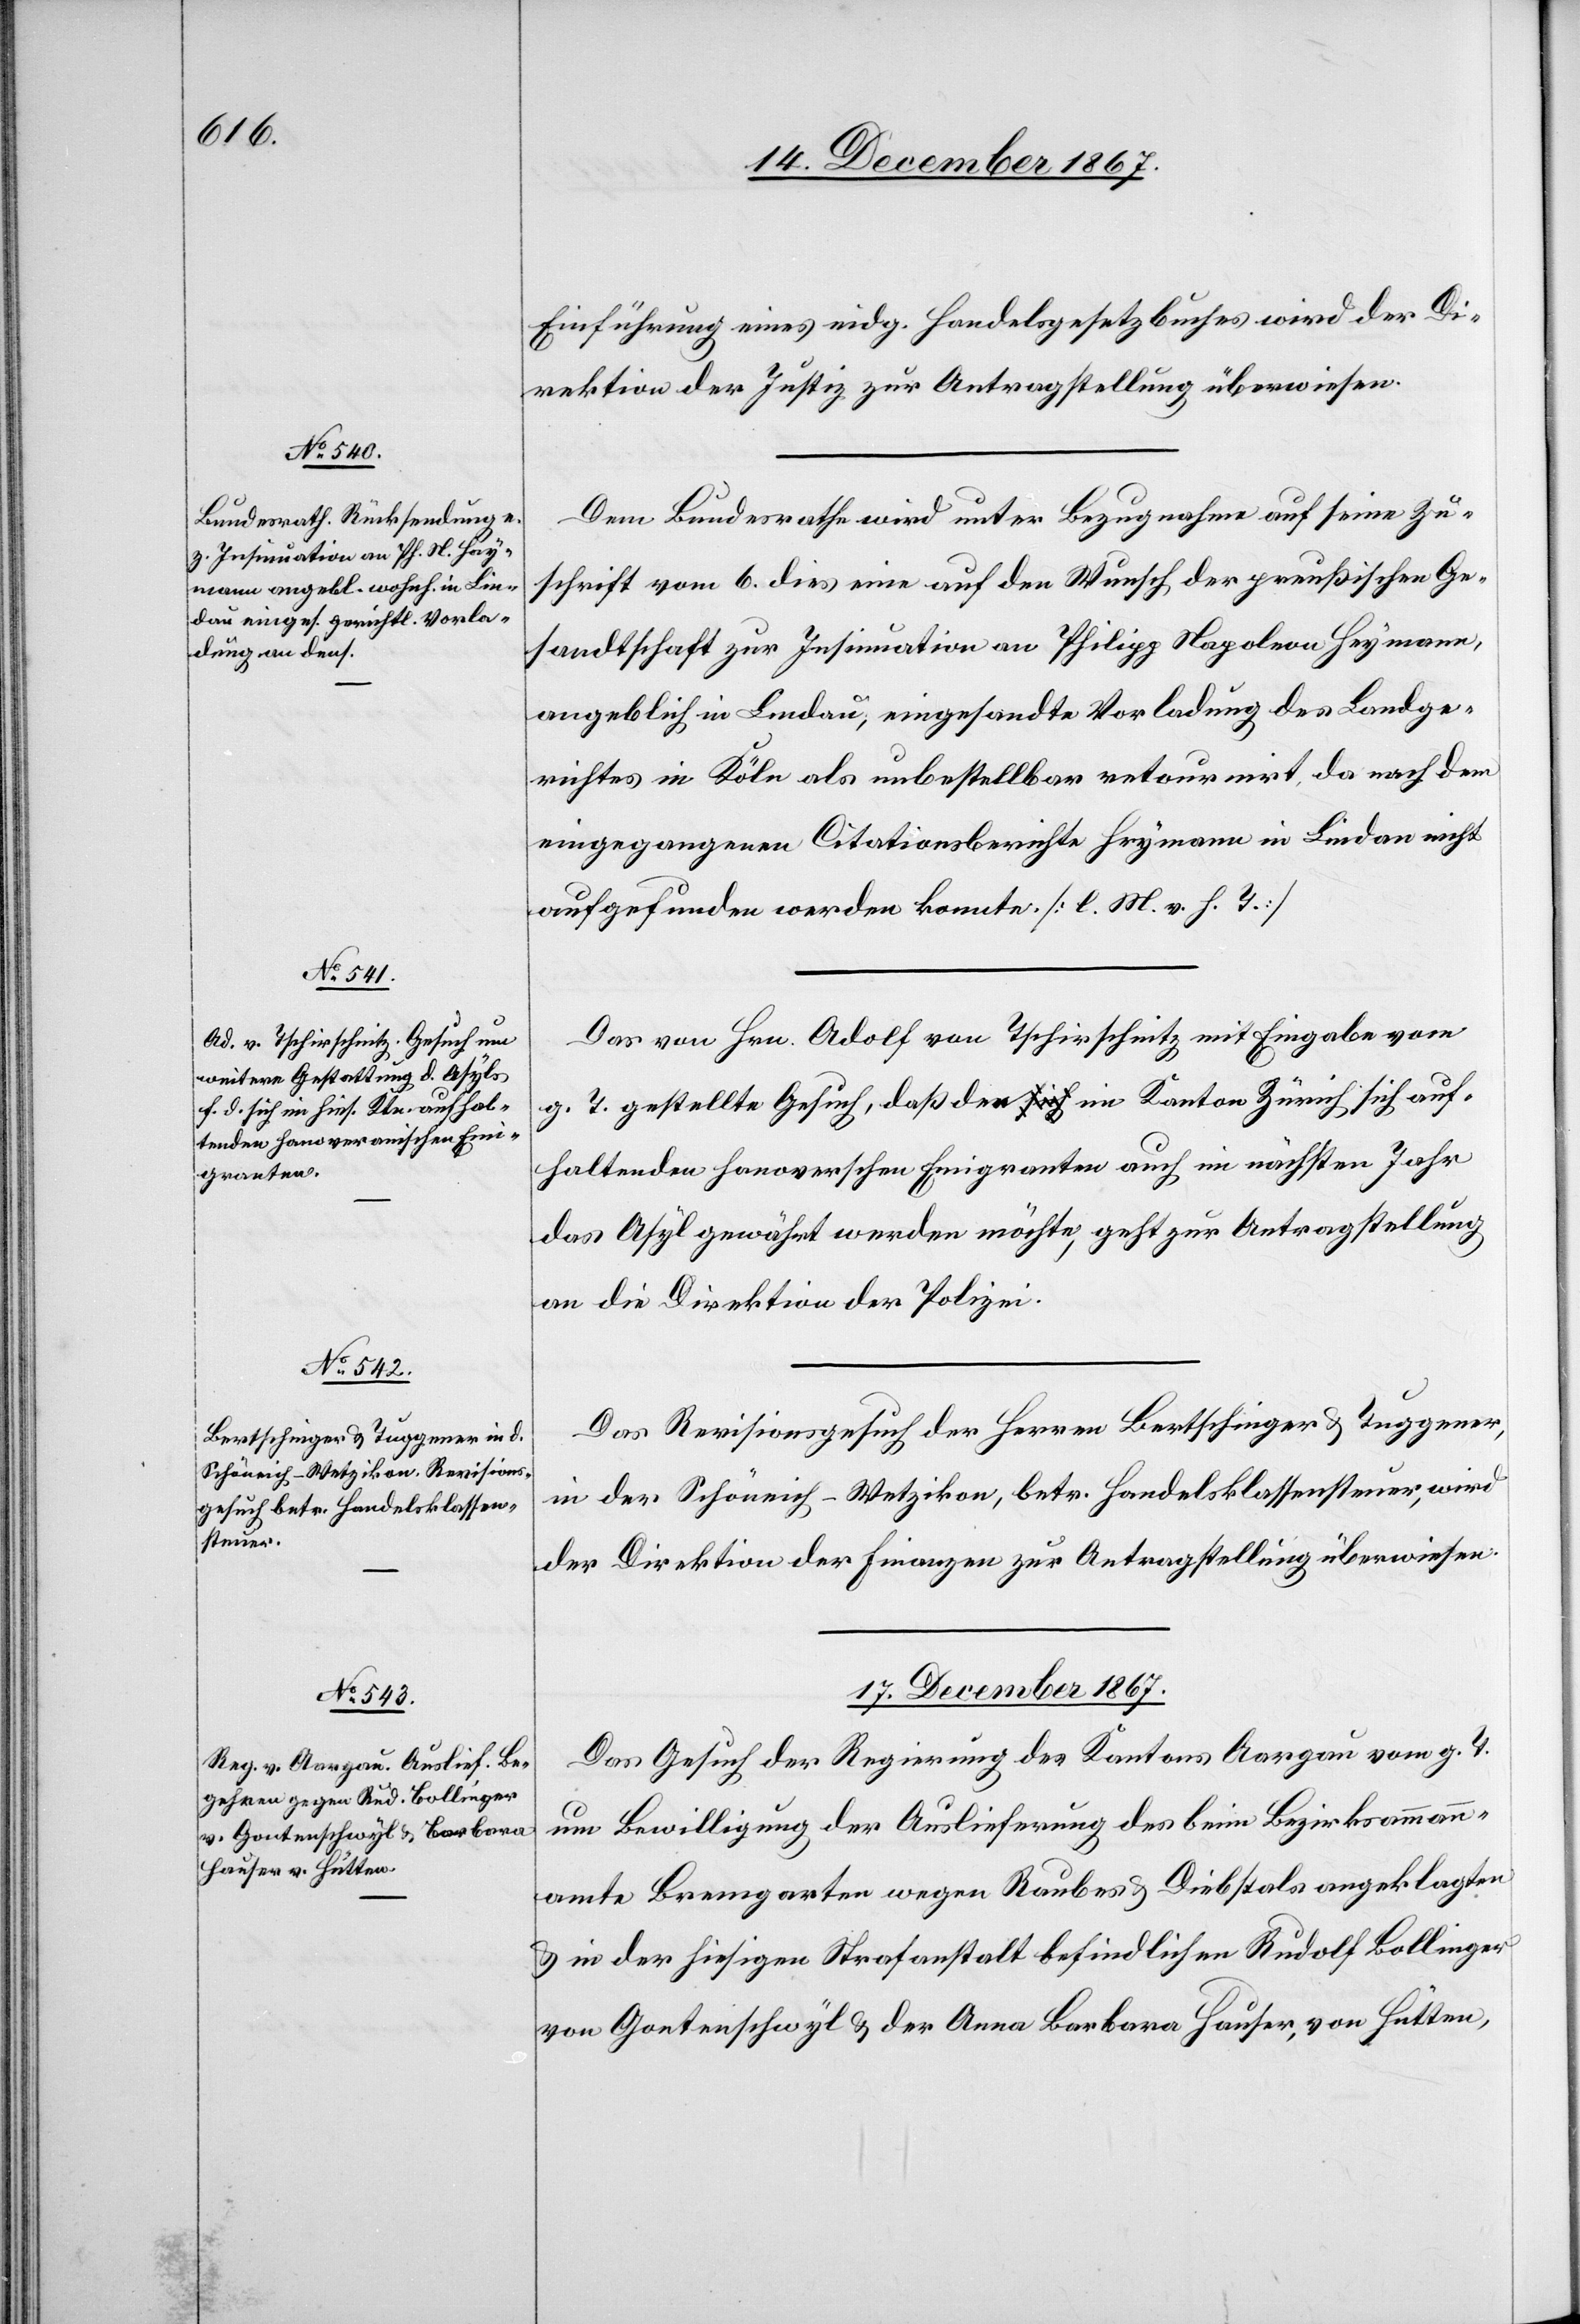
16. December 1867.
Einführung eines eidg. Handelsgesetzbuches wird der Di¬
rektion der Justiz zur Antragstellung überwiesen.
Dem Bundesrathe wird unter Bezugnahme auf seine Zu¬
schrift vom 6. dies eine auf den Wunsch der preußischen Ge¬
sandtschaft zur Insinuation an Philipp Napoleon Heymann,
angeblich in Lindau, eingesandte Vorladung des Landge¬
richtes in Köln als unbestellbar retournirt, da nach dem
eingegangenen Citationsbericht Heymann in Lindau nicht
aufgefunden werden konnte. [l. M. v. h. T.]
Das von Hrn. Adolf von Tschirschnitz mit Eingabe vom
g. T. gestellte Gesuch, daß den im Kanton Zürich sich auf¬
haltenden hanoveranischen Emigranten auch in nächsten Jahren
das Asyl gewährt werden möchte, geht zur Antragstellung
an die Direktion der Polizei.
Das Revisionsgesuch der Herren Bertschinger u. Tuggener,
in der Schöneich - Wetzikon, betr. Handelsklassensteuer, wird
der Direktion der Finanzen zur Antragstellung überwiesen.
17. December 1867.
Das Gesuch der Regierung des Kantons Aargau vom g. T.
um Bewilligung der Auslieferung des beim Bezirksammann¬
amte Bremgarten wegen Raubes u. Diebstals angeklagten
u. in der hiesigen Strafanstalt befindlichen Rudolf Bollinger
von Gantenschwyl u. der Anna Barbara Hauser, von Hütten,